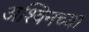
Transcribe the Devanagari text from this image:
अश्विनच्या